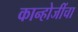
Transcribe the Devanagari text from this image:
कान्होजींचा